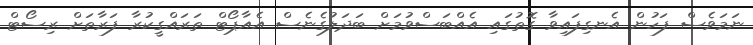
ނަމަވެސް ފަހުން އެނގިފައިވާ ގޮތުގައި އެއްބަސްވުމަށް ބަދަލުގެނެސް އެއާޕޯޓް ތަރައްގީކުރާ ފަރާތަށް ރިސޯޓް